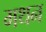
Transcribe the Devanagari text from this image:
मथन